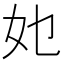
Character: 𭑫